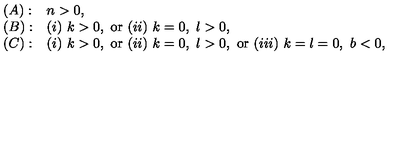
\begin{array} { l l } { ( A ) : } & { n > 0 , } \\ { ( B ) : } & { ( i ) \ k > 0 , \ \mathrm { o r } \ ( i i ) \ k = 0 , \ l > 0 , } \\ { ( C ) : } & { ( i ) \ k > 0 , \ \mathrm { o r } \ ( i i ) \ k = 0 , \ l > 0 , \ \mathrm { o r } \ ( i i i ) \ k = l = 0 , \ b < 0 , } \\ \end{array}